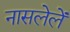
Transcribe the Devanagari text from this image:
नासलेलें